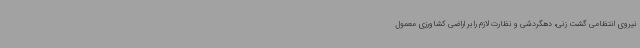
نیروی انتظامی گشت زنی، دهگردشی و نظارت لازم را بر اراضی کشاورزی معمول